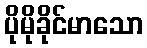
ပိုမိုခိုင်မာသော